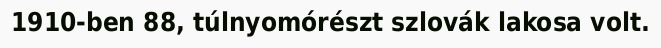
1910-ben 88, túlnyomórészt szlovák lakosa volt.